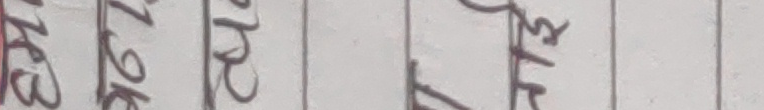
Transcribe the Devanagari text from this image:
जा ए ह य व
ज क प म द
ख घ ब र छ
ङ झ य त ड
थ न ल ष ग
फ ढ श ण च